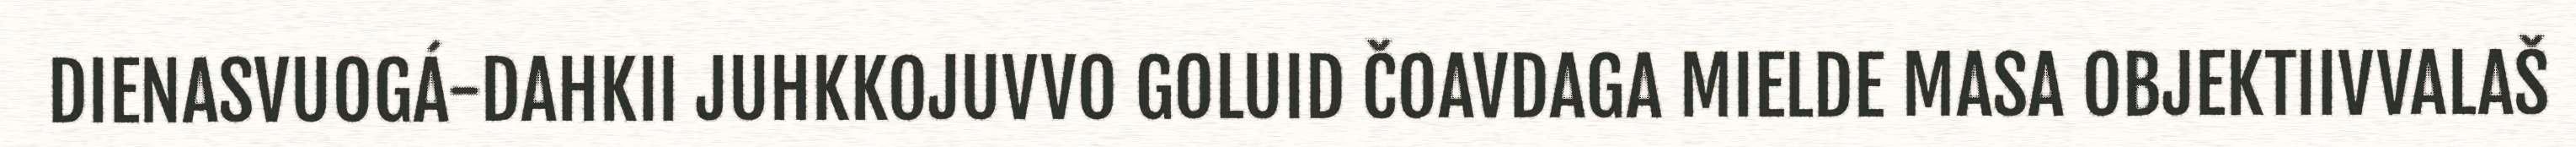
DIENASVUOGÁ-DAHKII JUHKKOJUVVO GOLUID ČOAVDAGA MIELDE MASA OBJEKTIIVVALAŠ